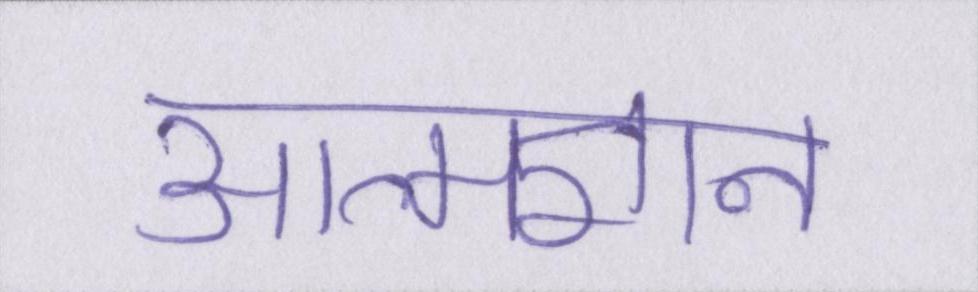
आत्मज्ञान